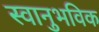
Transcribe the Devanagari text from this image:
स्वानुभविक